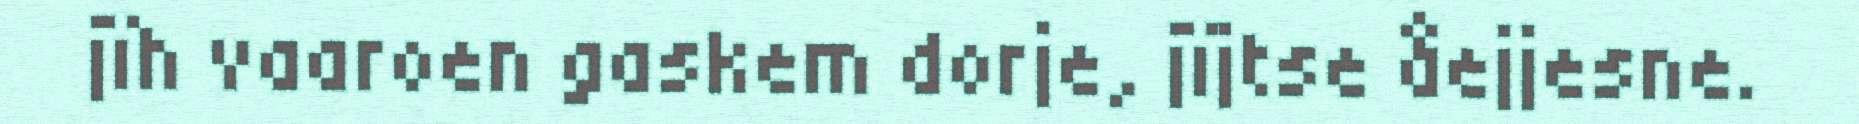
jïh vaaroen gaskem dorje, jïjtse åejjesne.